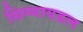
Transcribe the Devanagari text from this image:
सिग्मायडल